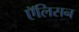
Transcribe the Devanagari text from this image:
एॅलिसन